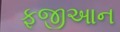
ફૂજીઆન